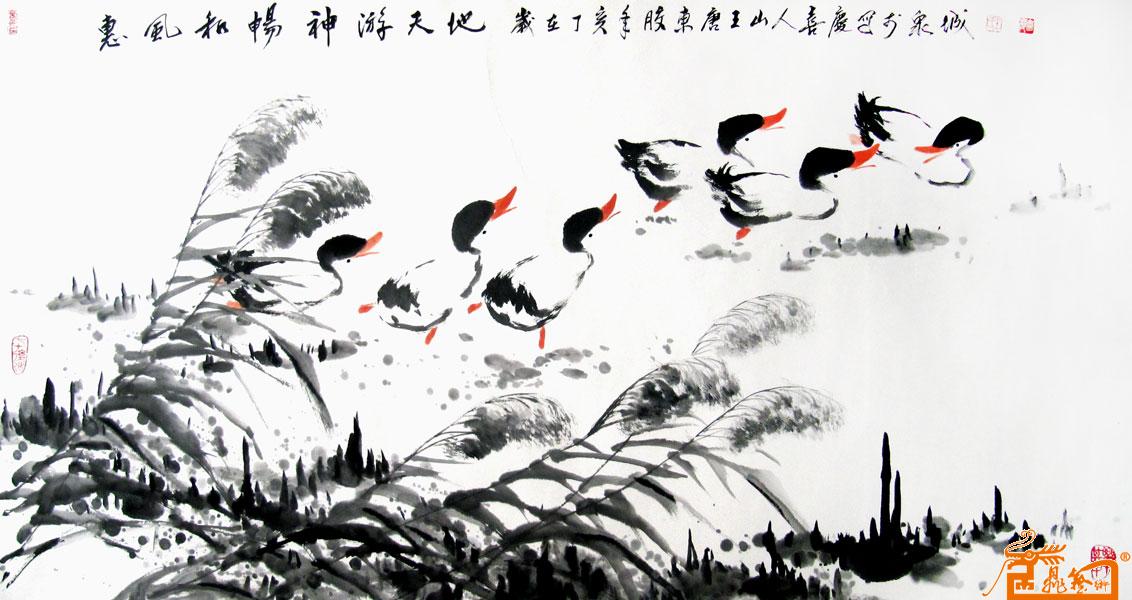
独倚危栏，神游无际，天地犹嫌隘。